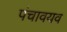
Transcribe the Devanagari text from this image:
पंचावयव